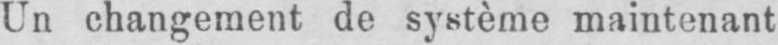
Un changement de système maintenant